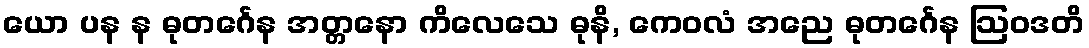
ယော ပန န ဓုတင်္ဂေန အတ္တနော ကိလေသေ ဓုနိ, ကေဝလံ အညေ ဓုတင်္ဂေန ဩဝဒတိ